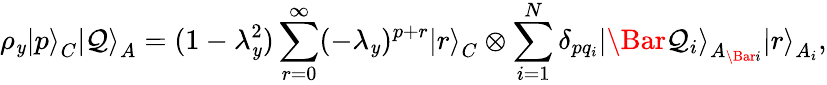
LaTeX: \rho_{\mathit{y}}\left|p\right>_{C}\left|\mathcal{{Q}}\right>_{A}=(1-\lambda_{\mathit{y}}^{2})\sum_{r=0}^{\infty}(-\lambda_{\mathit{y}})^{p+r}\left|r\right>_{C}\otimes\sum_{i=1}^{N}\delta_{pq_{i}}\left|\Bar{\mathcal{{Q}}}_{i}\right>_{A_{\Bar{i}}}\left|r\right>_{A_{i}},